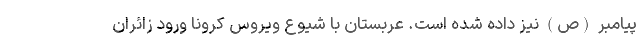
پیامبر (ص) نیز داده شده است. عربستان با شیوع ویروس کرونا ورود زائران